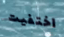
اختفيت